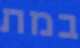
במת